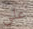
على